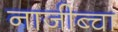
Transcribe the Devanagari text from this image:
नाजीब्चा